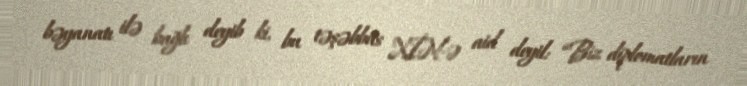
bəyanatı ilə bağlı deyib ki, bu təşəbbüs XİN-ə aid deyil: “Biz diplomatların